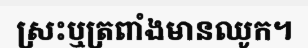
ស្រះឬត្រពាំងមានឈូក។